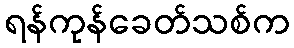
ရန်ကုန်ခေတ်သစ်က